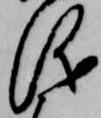
儀